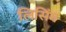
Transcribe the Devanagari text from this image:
लिसिंग